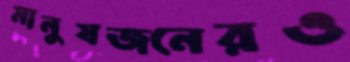
মানুষজনেরও